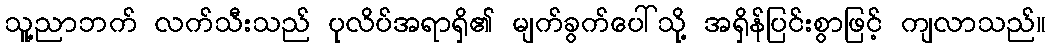
သူ့ညာဘက် လက်သီးသည် ပုလိပ်အရာရှိ၏ မျက်ခွက်ပေါ်သို့ အရှိန်ပြင်းစွာဖြင့် ကျလာသည်။